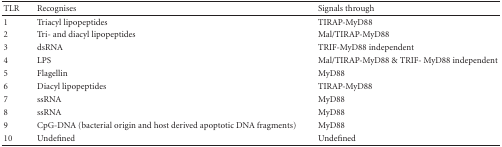
| TLR | Recognises | Signals through |
 | --- | --- | --- |
 | 1 | Triacyl lipopeptides | TIRAP-MyD88 |
 | 2 | Tri- and diacyl lipopeptides | Mal/TIRAP-MyD88 |
 | 3 | dsRNA | TRIF-MyD88 independent |
 | 4 | LPS | Mal/TIRAP-MyD88 & TRIF- MyD88 independent |
 | 5 | Flagellin | MyD88 |
 | 6 | Diacyl lipopeptides | TIRAP-MyD88 |
 | 7 | ssRNA | MyD88 |
 | 8 | ssRNA | MyD88 |
 | 9 | CpG-DNA (bacterial origin and host derived apoptotic DNA fragments) | MyD88 |
 | 10 | Undefined | Undefined |